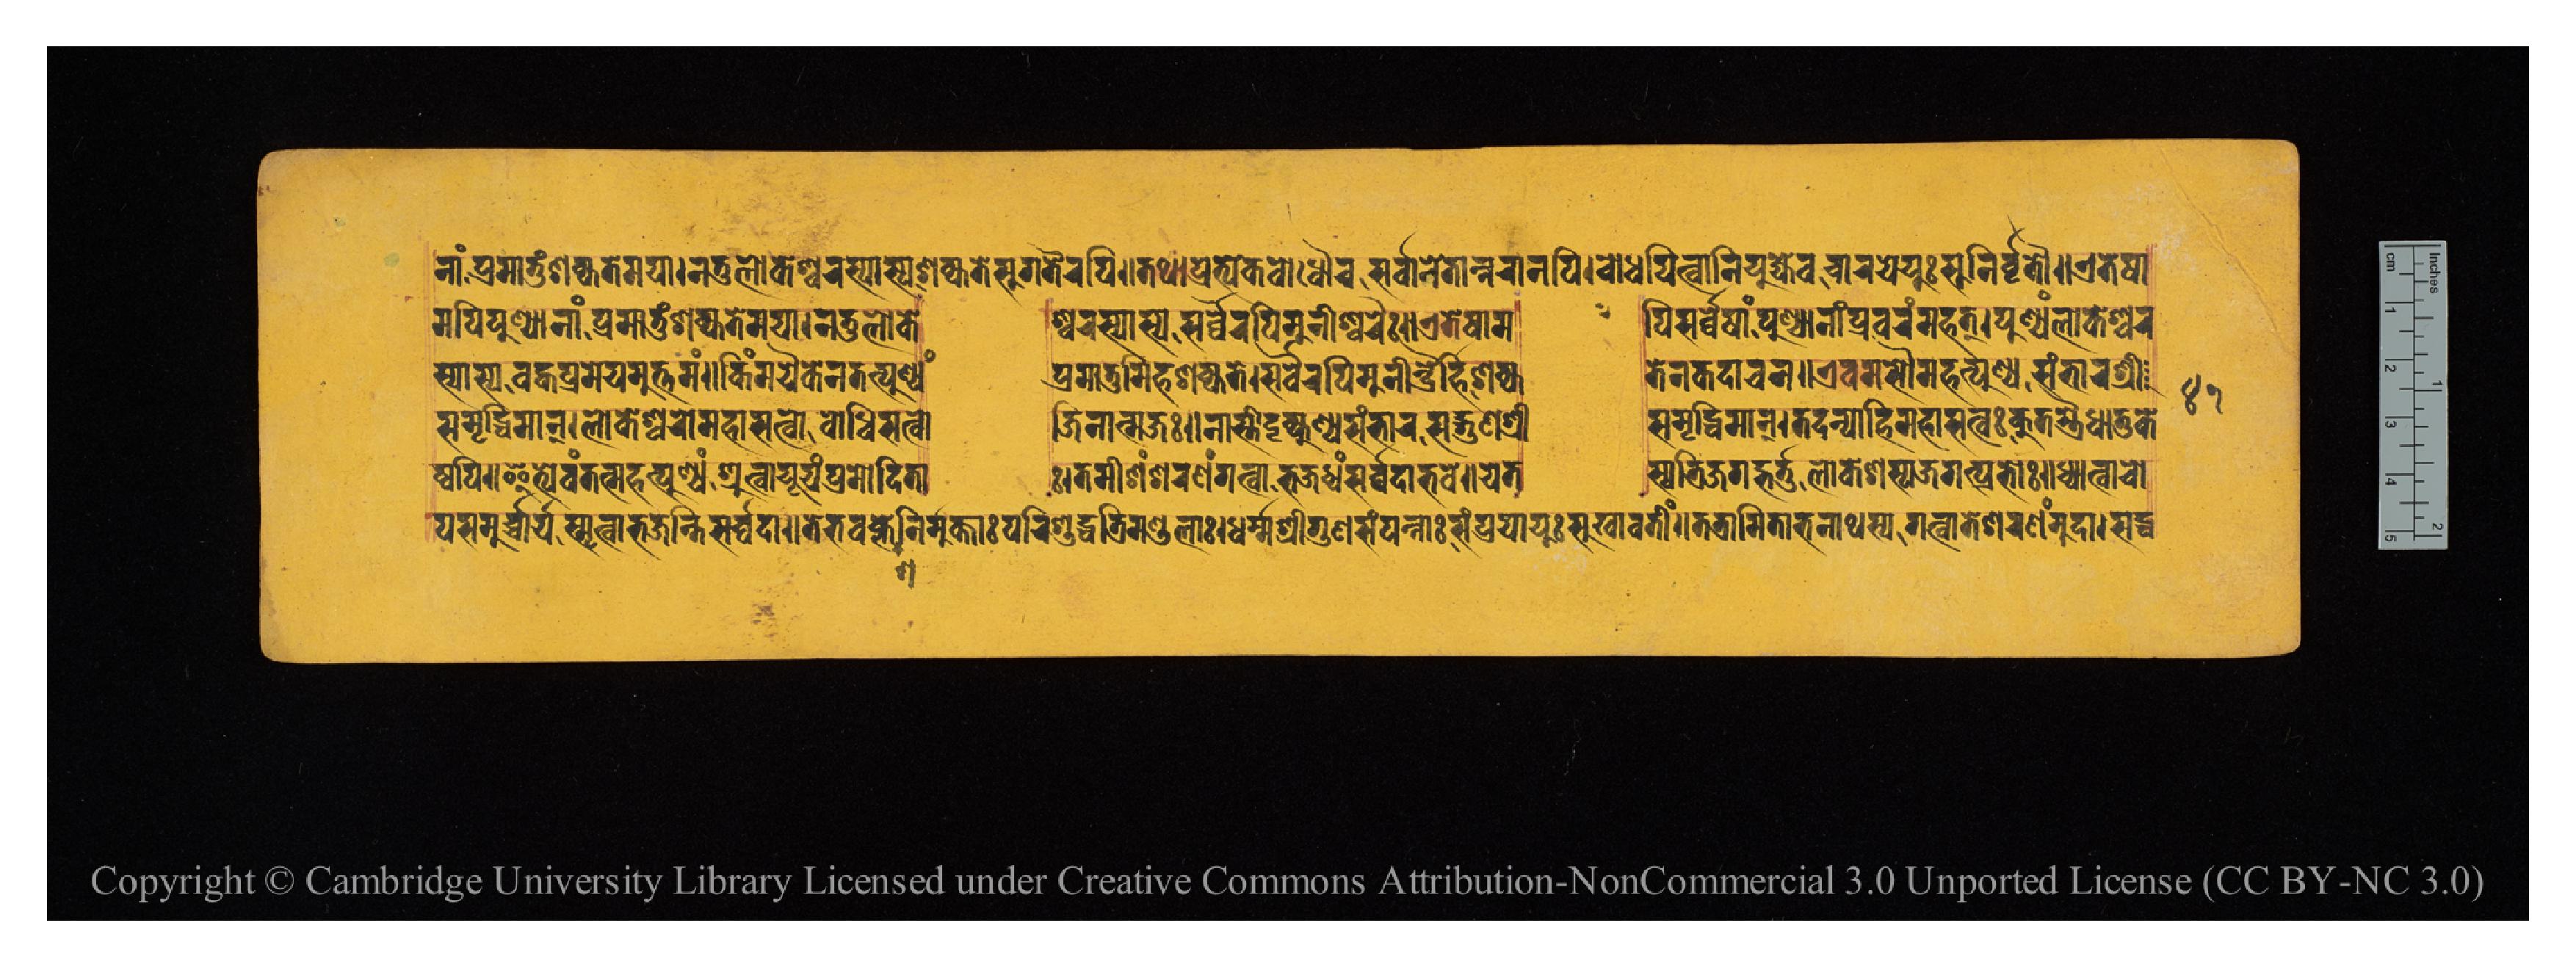
𑐣𑐵𑑄𑐥𑑂𑐬𑐩𑐵𑐟𑐸𑑄𑐱𑐎𑑂𑐫𑐟𑐾𑐩𑐫𑐵𑑋𑐣𑐟𑐸𑐮𑑀𑐎𑐊𑐱𑑂𑐰𑐬𑐳𑑂𑐫𑐵𑐳𑑂𑐫𑐱𑐎𑑂𑐫𑐟𑐾𑐳𑐸𑐐𑐟𑐿𑐬𑐥𑐶𑑌𑐟𑐠𑐵𑐥𑑂𑐬𑐟𑑂𑐫𑐾𑐎𑐧𑑀𑐢𑑁𑐔𑐳𑐬𑑂𑐰𑑂𑐰𑐵𑐣𑐾𑐟𑐵𑐣𑑂𑐣𑐬𑐵𑐣𑐥𑐶𑑋𑐧𑑀𑐢𑐫𑐶𑐟𑑂𑐰𑐵𑐣𑐶𑐫𑐸𑐖𑑂𑐫𑐾𑐰𑐔𑐵𑐬𑐫𑐾𑐫𑐸𑑅𑐳𑐸𑐣𑐶𑐬𑑂𑐰𑐺𑐟𑑁𑑌𑐊𑐟𑐾𑐲𑐵 𑐩𑐥𑐶𑐥𑐸𑐞𑑂𑐫𑐵𑐣𑐵𑑄𑐥𑑂𑐬𑐩𑐵𑐟𑐸𑑄𑐱𑐎𑑂𑐫𑐟𑐾𑐩𑐫𑐵𑑋𑐣𑐟𑐸𑐮𑑀𑐎𑐾  𑐱𑑂𑐰𑐬𑐳𑑂𑐫𑐵𑐳𑑂𑐫𑐳𑐬𑑂𑐰𑑂𑐰𑐿𑐬𑐥𑐶𑐩𑐸𑐣𑐷𑐱𑑂𑐰𑐬𑐿𑑅𑑋𑐊𑐟𑐾𑐲𑐵𑐩  𑐥𑐶𑐳𑐬𑑂𑐰𑑂𑐰𑐾𑐲𑐵𑑄𑐥𑐸𑐞𑑂𑐫𑐵𑐣𑐵𑑄𑐥𑑂𑐬𑐰𑐬𑑄𑐩𑐴𑐟𑑂𑑋𑐥𑐸𑐞𑑂𑐫𑑄𑐮𑑀𑐎𑐾𑐱𑑂𑐰𑐬 𑐳𑑂𑐫𑐵𑐳𑑂𑐫𑐧𑐴𑑂𑐰𑐩𑐾𑐫𑐩𑐸𑐟𑑂𑐟𑐩𑑄𑑌𑐎𑐶𑑄𑐩𑐫𑐿𑐎𑐾𑐣𑐟𑐟𑑂𑐥𑐸𑐞𑑂𑐫𑑄  𑐥𑑂𑐬𑐩𑐵𑐟𑐸𑑄𑐂𑐴𑐱𑐎𑑂𑐫𑐟𑐾𑑋𑐳𑐬𑑂𑐰𑑂𑐰𑐿𑐬𑐥𑐶𑐩𑐸𑐣𑐷𑐣𑑂𑐡𑑂𑐬𑐿𑐬𑑂𑐴𑐷𑐱𑐎𑑂𑐫  𑐟𑐾𑐣𑐎𑐡𑐵𑐔𑐣𑑌𑐊𑐰𑐩𑐳𑑁𑐩𑐴𑐟𑑂𑐥𑐸𑐞𑑂𑐫𑐳𑑄𑐨𑐵𑐬𑐱𑑂𑐬𑐷 𑐳𑐩𑐺𑐡𑑂𑐢𑐶𑐩𑐵𑐣𑑂𑑋𑐮𑑀𑐎𑐱𑑂𑐰𑐬𑑀𑐩𑐴𑐵𑐳𑐟𑑂𑐰𑑀𑐧𑑀𑐢𑐶𑐳𑐟𑑂𑐰𑑀  𑐖𑐶𑐣𑐵𑐟𑑂𑐩𑐖𑑅𑑌𑐣𑐵𑐳𑑂𑐟𑐷𑐡𑐺𑐎𑑂𑐥𑐸𑐞𑑂𑐫𑐳𑑄𑐨𑐵𑐬𑐳𑐡𑑂𑐐𑐸𑐞𑐱𑑂𑐬𑐷  𑐳𑐩𑐺𑐡𑑂𑐢𑐶𑐩𑐵𑐣𑑂𑑋𑐟𑐡𑐣𑑂𑐫𑑀𑐴𑐶𑐩𑐴𑐵𑐳𑐟𑑂𑐰𑑅𑐎𑐸𑐟𑐳𑑂𑐟𑑂𑐬𑐿𑐢𑐵𑐟𑐸𑐎𑐾 𑐫𑐳𑐩𑐸𑐬𑑂𑐔𑑂𑐔𑐵𑐬𑑂𑐫𑐳𑑂𑐩𑐺𑐟𑑂𑐰𑐵𑐨𑐖𑐣𑑂𑐟𑐶𑐳𑐬𑑂𑐰𑑂𑐰𑐡𑐵𑑌𑐟𑐾𑐨𑐰𑐎𑑂𑐮𑐾𑐱𑐣𑐶𑐬𑑂𑐩𑐸𑐎𑑂𑐟𑐵𑑅𑐥𑐬𑐶𑐱𑐸𑐡𑑂𑐢𑐟𑑂𑐬𑐶𑐩𑐞𑑂𑐜𑐮𑐵𑑅𑑋𑐢𑐬𑑂𑐩𑑂𑐩𑐱𑑂𑐬𑐷𑐐𑐸𑐞𑐳𑑄𑐥𑐣𑑂𑐣𑐵𑑅𑐳𑑄𑐥𑑂𑐬𑐫𑐵𑐫𑐸𑑅𑐳𑐸𑐏𑐵𑐰𑐟𑐷𑑄𑑌𑐟𑐟𑑂𑐬𑐵𑐩𑐶𑐟𑐵𑐨𑐣𑐵𑐠𑐳𑑂𑐫𑐐𑐟𑑂𑐰𑐵𑐟𑐾𑐱𑐬𑐞𑑄𑐩𑐸𑐡𑐵𑑋𑐳𑐡𑑂𑐢 𑐲𑑂𑐰𑐥𑐶𑑌𑐂𑐟𑑂𑐫𑐾𑐰𑑄𑐟𑐣𑑂𑐩𑐴𑐟𑑂𑐥𑐸𑐞𑑂𑐫𑑄𑐱𑑂𑐬𑐸𑐟𑑂𑐰𑐵𑐫𑐹𑐫𑑄𑐥𑑂𑐬𑐩𑑀𑐡𑐶𑐟𑐵  𑑅𑑋𑐟𑐩𑐷𑐱𑑄𑐱𑐬𑐞𑑄𑐐𑐟𑑂𑐰𑐵𑐨𑐖𑐢𑑂𑐰𑑄𑐳𑐬𑑂𑐰𑑂𑐰𑐡𑐵𑐨𑐰𑐾𑑌𑐫𑐾𑐟  𑐳𑑂𑐫𑐟𑑂𑐬𑐶𑐖𑐐𑐡𑑂𑐨𑐬𑑂𑐟𑐸𑐬𑑂𑐮𑑀𑐎𑐾𑐱𑐳𑑂𑐫𑐖𑐐𑐟𑑂𑐥𑑂𑐬𑐨𑑀𑑅𑑋𑐢𑑂𑐫𑐵𑐟𑑂𑐰𑐵𑐔𑑀 𑑔𑑑